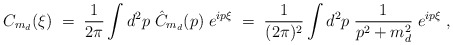
\begin{align*}C_{m_d}(\xi) \; = \; \frac{1}{2\pi} \int d^2p \; \hat{C}_{m_d}(p) \;e^{ip\xi} \; = \;\frac{1}{(2\pi)^2} \int d^2p \; \frac{1}{p^2+m_d^2} \; e^{ip\xi} \; ,\end{align*}